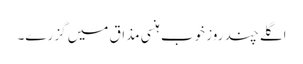
اگلے چند روز خوب ہنسی مذاق میں گزرے۔